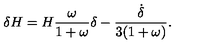
\delta H = H \frac { \omega } { 1 + \omega } \delta - \frac { \dot { \delta } } { 3 ( 1 + \omega ) } .